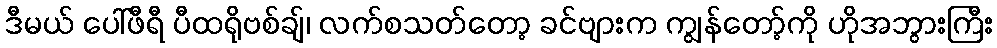
ဒီမယ် ပေါ်ဖီရီ ပီထရိုဗစ်ချ်၊ လက်စသတ်တော့ ခင်ဗျားက ကျွန်တော့်ကို ဟိုအဘွားကြီး